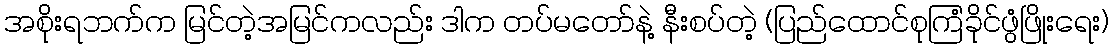
အစိုးရဘက်က မြင်တဲ့အမြင်ကလည်း ဒါက တပ်မတော်နဲ့ နီးစပ်တဲ့ (ပြည်ထောင်စုကြံခိုင်ဖွံဖြိုးရေး)